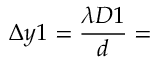
\Delta y 1 = \frac { \lambda D 1 } { d } =